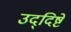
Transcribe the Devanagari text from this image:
उद्‌दिष्टे